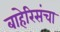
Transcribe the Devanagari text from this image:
बाहेरिसंचा